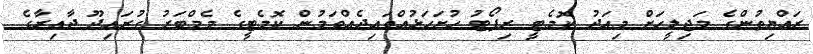
ރައްޔިތުންގެ މަޖިލީހަށް މިއަދު ކޮމެޓީ ރިޕޯޓު ހުށަހަޅުއްވައިދެއްވަމުން ކޮމެޓީގެ މެމްބަރު ގުރައިދޫ ދާއިރާގެ